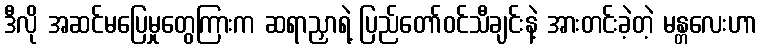
ဒီလို အဆင်မပြေမှုတွေကြားက ဆရာညှာရဲ့ ပြည်တော်ဝင်သီချင်းနဲ့ အားတင်းခဲ့တဲ့ မန္တလေးဟာ